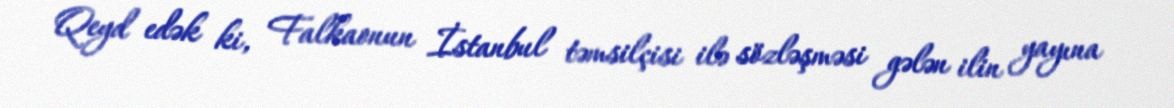
Qeyd edək ki, Falkaonun İstanbul təmsilçisi ilə sözləşməsi gələn ilin yayına